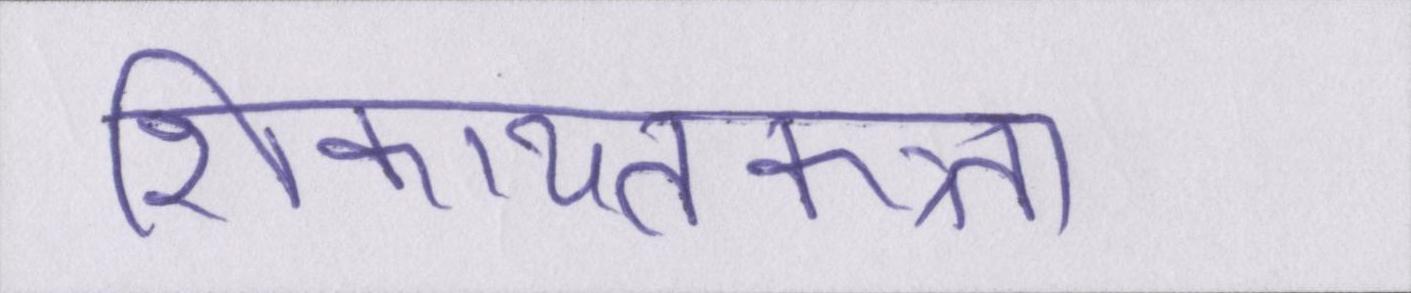
शिकायतकत्र्ता